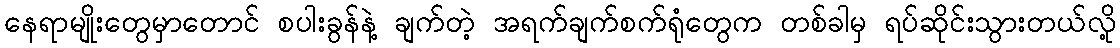
နေရာမျိုးတွေမှာတောင် စပါးခွန်နဲ့ ချက်တဲ့ အရက်ချက်စက်ရုံတွေက တစ်ခါမှ ရပ်ဆိုင်းသွားတယ်လို့